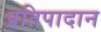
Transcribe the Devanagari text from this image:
प्रतिपादान